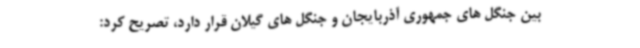
بین جنگل های جمهوری آذربایجان و جنگل های گیلان قرار دارد، تصریح کرد: